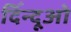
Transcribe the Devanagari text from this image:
दिँन्दूओ